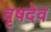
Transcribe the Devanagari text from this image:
वृषदेव